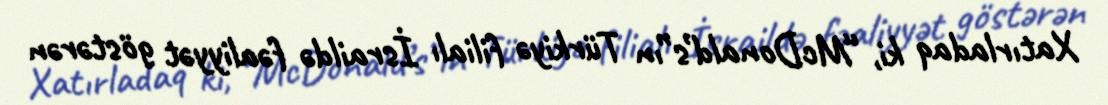
Xatırladaq ki, “McDonald’s”ın Türkiyə filialı İsraildə fəaliyyət göstərən